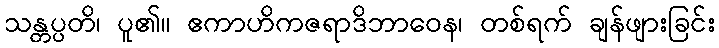
သန္တပ္ပတိ၊ ပူ၏။ ဧကာဟိကဇရာဒိဘာဝေန၊ တစ်ရက် ချန်ဖျားခြင်း